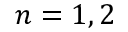
n = 1 , 2